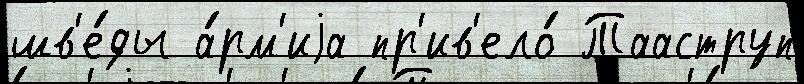
шв'е́ды а́рм'иjа пр'ив'ело́ Тааструп